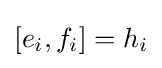
[e_{i},f_{i}]=h_{i}